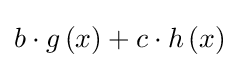
b\cdot g\left(x\right)+c\cdot h\left(x\right)